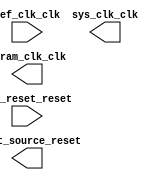

module sys_pll (
	ref_clk_clk,
	ref_reset_reset,
	sys_clk_clk,
	sdram_clk_clk,
	reset_source_reset);	

	input		ref_clk_clk;
	input		ref_reset_reset;
	output		sys_clk_clk;
	output		sdram_clk_clk;
	output		reset_source_reset;
endmodule